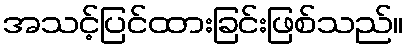
အသင့်ပြင်ထားခြင်းဖြစ်သည်။